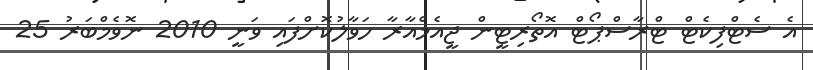
އެ ސެޓްފިކެޓް ޓްރާސްޕޯޓް އޮތޯރިޓީން ޖީއެމްއާރާ ހަވާލުކޮށްފައި ވަނީ 2010 ނޮވެމްބަރު 25